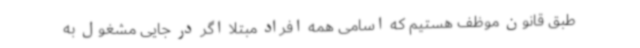
طبق قانون موظف هستیم که اسامی همه افراد مبتلا اگر در جایی مشغول به